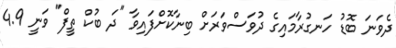
ދެވަނަ ބޮޑު ހަނގުރާމައިގެ ދުވަސްވަރަށް ބިނާކޮށްފައިވާ "ދަ ބުކް ތީފް" ވަނީ 4.9